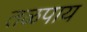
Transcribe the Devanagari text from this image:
तळपाय